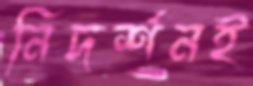
নিদর্শনই